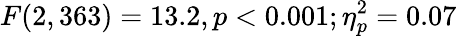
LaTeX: F(2,363)=13.2,p<0.001;\eta_{p}^{2}=0.07